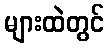
များထဲတွင်